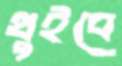
থুইবে